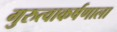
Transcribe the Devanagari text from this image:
गुरुत्वाकर्षणाला